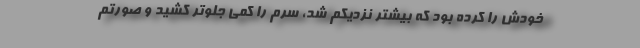
خودش را کرده بود که بیشتر نزدیکم شد، سرم را کمی جلوتر کشید و صورتم